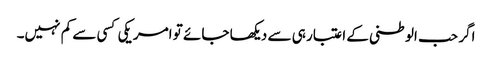
اگر حب الوطنی کے اعتبار ہی سے دیکھا جائے تو امریکی کسی سے کم نہیں۔